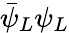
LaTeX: {\bar{\psi}}_{L}\psi_{L}